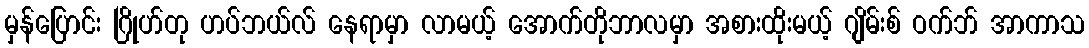
မှန်ပြောင်း ဂြိုဟ်တု ဟပ်ဘယ်လ် နေရာမှာ လာမယ့် အောက်တိုဘာလမှာ အစားထိုးမယ့် ဂျိမ်းစ် ဝက်ဘ် အာကာသ